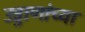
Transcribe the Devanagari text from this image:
उड्डाणांच्या